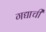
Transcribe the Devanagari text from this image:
गद्याची